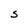
Character: S